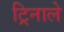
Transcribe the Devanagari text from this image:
ट्रिनाले